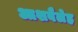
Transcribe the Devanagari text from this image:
आशबैलेह